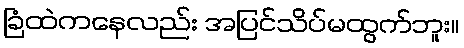
ခြံထဲကနေလည်း အပြင်သိပ်မထွက်ဘူး။